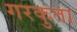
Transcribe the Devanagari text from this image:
गरकुता